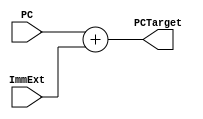
`timescale 1ns / 1ps
/*
 * Copyright (c) 2023 Govardhan
 *
 * Permission is hereby granted, free of charge, to any person obtaining a copy
 * of this software and associated documentation files (the "Software"), to deal
 * in the Software without restriction, including without limitation the rights
 * to use, copy, modify, merge, publish, distribute, sublicense, and/or sell
 * copies of the Software, and to permit persons to whom the Software is
 * furnished to do so, subject to the following conditions:
 *
 * The above copyright notice and this permission notice shall be included in
 * all copies or substantial portions of the Software.
 *
 * THE SOFTWARE IS PROVIDED "AS IS", WITHOUT WARRANTY OF ANY KIND, EXPRESS OR
 * IMPLIED, INCLUDING BUT NOT LIMITED TO THE WARRANTIES OF MERCHANTABILITY,
 * FITNESS FOR A PARTICULAR PURPOSE AND NONINFRINGEMENT. IN NO EVENT SHALL THE
 * AUTHORS OR COPYRIGHT HOLDERS BE LIABLE FOR ANY CLAIM, DAMAGES OR OTHER
 * LIABILITY, WHETHER IN AN ACTION OF CONTRACT, TORT OR OTHERWISE, ARISING FROM,
 * OUT OF OR IN CONNECTION WITH THE SOFTWARE OR THE USE OR OTHER DEALINGS IN
 * THE SOFTWARE.
 */
module PC_Target(
		 input wire [31:0]  PC,ImmExt,
		 output wire [31:0] PCTarget
		 );

   assign PCTarget= PC + ImmExt;

endmodule